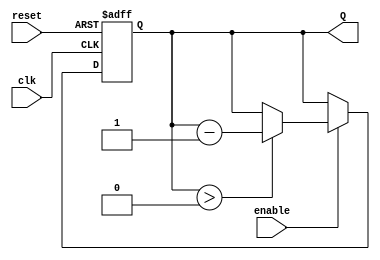
module binary_down_counter #(
    parameter n = 4 // Number of bits for the counter
)(
    input wire clk,       // Clock input
    input wire reset,     // Asynchronous reset input
    input wire enable,    // Enable input
    output reg [n-1:0] Q // Counter output
);

// Maximum value for the counter is 2^n - 1
localparam MAX_COUNT = (1 << n) - 1;

always @(posedge clk or posedge reset) begin
    if (reset) begin
        // Reset the counter to the maximum value
        Q <= MAX_COUNT;
    end else if (enable) begin
        // Decrement the counter if enabled and prevent underflow
        if (Q > 0) begin
            Q <= Q - 1;
        end
        // If Q is already 0, it remains 0 until reset
    end
end

// Initialization of the counter to MAX_COUNT
initial begin
    Q = MAX_COUNT;
end

endmodule